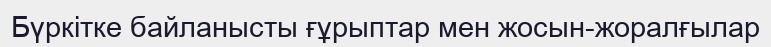
Бүркітке байланысты ғұрыптар мен жосын-жоралғылар